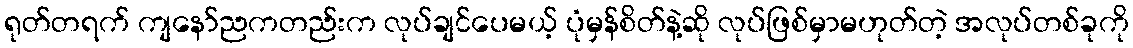
ရုတ်တရက် ကျနော်ညကတည်းက လုပ်ချင်ပေမယ့် ပုံမှန်စိတ်နဲ့ဆို လုပ်ဖြစ်မှာမဟုတ်တဲ့ အလုပ်တစ်ခုကို